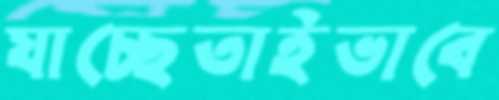
যাচ্ছেতাইভাবে